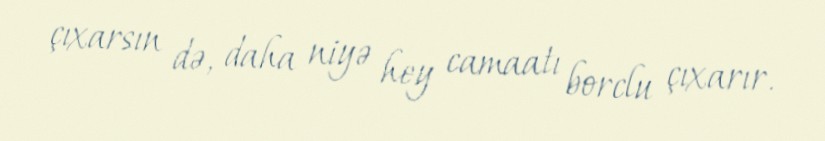
çıxarsın də, daha niyə hey camaatı borclu çıxarır.